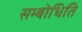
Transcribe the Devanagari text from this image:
सम्बोधिति